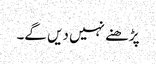
پڑھنے نہیں دیں گے۔